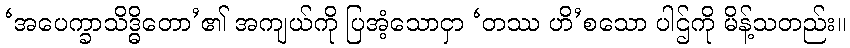
‘အပေက္ခာသိဒ္ဓိတော’၏ အကျယ်ကို ပြအံ့သောငှာ ‘တဿ ဟိ’စသော ပါဌ်ကို မိန့်သတည်း။